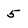
Character: 5